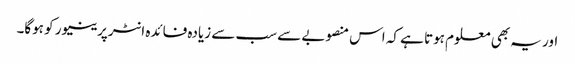
اور یہ بھی معلوم ہوتا ہے کہ اس منصوبے سے سب سے زیادہ فائدہ انٹرپرینیور کو ہوگا۔